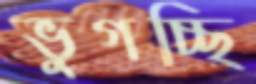
ভুগচ্ছি